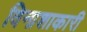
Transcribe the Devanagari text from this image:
विनाशाकारी